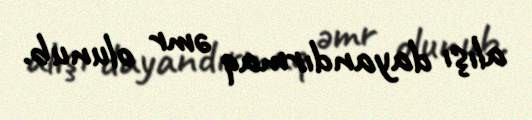
alışı dayandırmaq əmr olunub.